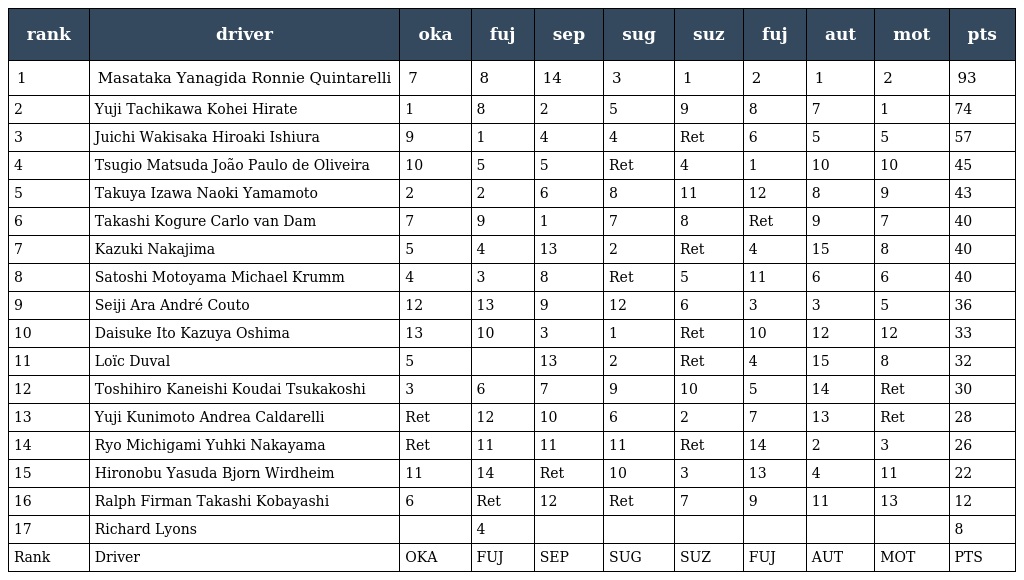
| rank | driver | oka | fuj | sep | sug | suz | fuj | aut | mot | pts |
 | --- | --- | --- | --- | --- | --- | --- | --- | --- | --- | --- |
 | 1 | Masataka Yanagida Ronnie Quintarelli | 7 | 8 | 14 | 3 | 1 | 2 | 1 | 2 | 93 |
 | 2 | Yuji Tachikawa Kohei Hirate | 1 | 8 | 2 | 5 | 9 | 8 | 7 | 1 | 74 |
 | 3 | Juichi Wakisaka Hiroaki Ishiura | 9 | 1 | 4 | 4 | Ret | 6 | 5 | 5 | 57 |
 | 4 | Tsugio Matsuda João Paulo de Oliveira | 10 | 5 | 5 | Ret | 4 | 1 | 10 | 10 | 45 |
 | 5 | Takuya Izawa Naoki Yamamoto | 2 | 2 | 6 | 8 | 11 | 12 | 8 | 9 | 43 |
 | 6 | Takashi Kogure Carlo van Dam | 7 | 9 | 1 | 7 | 8 | Ret | 9 | 7 | 40 |
 | 7 | Kazuki Nakajima | 5 | 4 | 13 | 2 | Ret | 4 | 15 | 8 | 40 |
 | 8 | Satoshi Motoyama Michael Krumm | 4 | 3 | 8 | Ret | 5 | 11 | 6 | 6 | 40 |
 | 9 | Seiji Ara André Couto | 12 | 13 | 9 | 12 | 6 | 3 | 3 | 5 | 36 |
 | 10 | Daisuke Ito Kazuya Oshima | 13 | 10 | 3 | 1 | Ret | 10 | 12 | 12 | 33 |
 | 11 | Loïc Duval | 5 |  | 13 | 2 | Ret | 4 | 15 | 8 | 32 |
 | 12 | Toshihiro Kaneishi Koudai Tsukakoshi | 3 | 6 | 7 | 9 | 10 | 5 | 14 | Ret | 30 |
 | 13 | Yuji Kunimoto Andrea Caldarelli | Ret | 12 | 10 | 6 | 2 | 7 | 13 | Ret | 28 |
 | 14 | Ryo Michigami Yuhki Nakayama | Ret | 11 | 11 | 11 | Ret | 14 | 2 | 3 | 26 |
 | 15 | Hironobu Yasuda Bjorn Wirdheim | 11 | 14 | Ret | 10 | 3 | 13 | 4 | 11 | 22 |
 | 16 | Ralph Firman Takashi Kobayashi | 6 | Ret | 12 | Ret | 7 | 9 | 11 | 13 | 12 |
 | 17 | Richard Lyons |  | 4 |  |  |  |  |  |  | 8 |
 | Rank | Driver | OKA | FUJ | SEP | SUG | SUZ | FUJ | AUT | MOT | PTS |